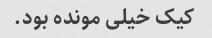
کیک خیلی مونده بود.